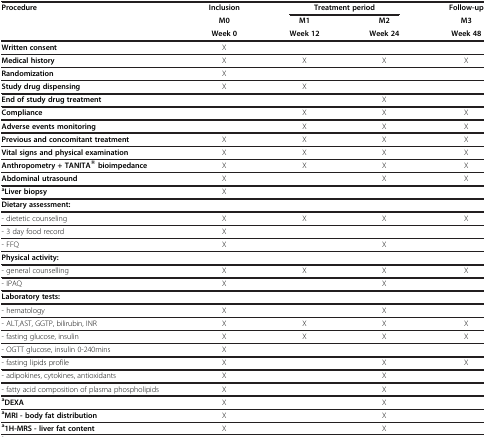
<table><thead><tr><td><b>Procedure</b></td><td><b>Inclusion</b></td><td colspan="2"><b>Treatment period</b></td><td><b>Follow-up</b></td></tr><tr><td><b> </b></td><td><b>M0</b></td><td><b>M1</b></td><td><b>M2</b></td><td><b>M3</b></td></tr><tr><td><b> </b></td><td><b>Week 0</b></td><td><b>Week 12</b></td><td><b>Week 24</b></td><td><b>Week 48</b></td></tr></thead><tbody><tr><td><b>Written consent</b></td><td>X</td><td> </td><td> </td><td> </td></tr><tr><td><b>Medical history</b></td><td>X</td><td>X</td><td>X</td><td>X</td></tr><tr><td><b>Randomization</b></td><td>X</td><td> </td><td> </td><td> </td></tr><tr><td><b>Study drug dispensing</b></td><td>X</td><td>X</td><td> </td><td> </td></tr><tr><td><b>End of study drug treatment</b></td><td> </td><td> </td><td>X</td><td> </td></tr><tr><td><b>Compliance</b></td><td> </td><td>X</td><td>X</td><td>X</td></tr><tr><td><b>Adverse events monitoring</b></td><td> </td><td>X</td><td>X</td><td>X</td></tr><tr><td><b>Previous and concomitant treatment</b></td><td>X</td><td>X</td><td>X</td><td>X</td></tr><tr><td><b>Vital signs and physical examination</b></td><td>X</td><td>X</td><td>X</td><td>X</td></tr><tr><td><b>Anthropometry + TANITA® bioimpedance</b></td><td>X</td><td>X</td><td>X</td><td>X</td></tr><tr><td><b>Abdominal utrasound</b></td><td>X</td><td> </td><td>X</td><td>X</td></tr><tr><td><sup><b>a</b></sup><b>Liver biopsy</b></td><td>X</td><td> </td><td> </td><td> </td></tr><tr><td><b>Dietary assessment:</b></td><td> </td><td> </td><td> </td><td> </td></tr><tr><td>- dietetic counseling</td><td>X</td><td>X</td><td>X</td><td>X</td></tr><tr><td>- 3 day food record</td><td>X</td><td> </td><td> </td><td> </td></tr><tr><td>- FFQ</td><td>X</td><td> </td><td>X</td><td> </td></tr><tr><td><b>Physical activity:</b></td><td> </td><td> </td><td> </td><td> </td></tr><tr><td>- general counselling</td><td>X</td><td>X</td><td>X</td><td>X</td></tr><tr><td>- IPAQ</td><td>X</td><td> </td><td>X</td><td> </td></tr><tr><td><b>Laboratory tests:</b></td><td> </td><td> </td><td> </td><td> </td></tr><tr><td>- hematology</td><td>X</td><td> </td><td>X</td><td> </td></tr><tr><td>- ALT,AST, GGTP, bilirubin, INR</td><td>X</td><td>X</td><td>X</td><td>X</td></tr><tr><td>- fasting glucose, insulin</td><td>X</td><td>X</td><td>X</td><td>X</td></tr><tr><td>- OGTT glucose, insulin 0-240mins</td><td>X</td><td> </td><td> </td><td> </td></tr><tr><td>- fasting lipids profile</td><td>X</td><td> </td><td>X</td><td>X</td></tr><tr><td>- adipokines, cytokines, antioxidants</td><td>X</td><td> </td><td>X</td><td> </td></tr><tr><td>- fatty acid composition of plasma phospholipids</td><td>X</td><td> </td><td>X</td><td> </td></tr><tr><td><sup><b>a</b></sup><b>DEXA</b></td><td>X</td><td> </td><td>X</td><td> </td></tr><tr><td><sup><b>a</b></sup><b>MRI - body fat distribution</b></td><td>X</td><td> </td><td>X</td><td> </td></tr><tr><td><sup><b>a</b></sup><b>1H-MRS - liver fat content</b></td><td>X</td><td> </td><td>X</td><td> </td></tr></tbody></table>